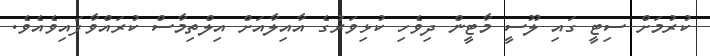
ކުރުމަށް ސިޓީ ގައި ލޫސީ މާޓީން ދިވެހި ކުޅިވަރުގެ އާއިލާއަށް އިލްތިމާސް ކުރައްވާފައިވެއެވެ.